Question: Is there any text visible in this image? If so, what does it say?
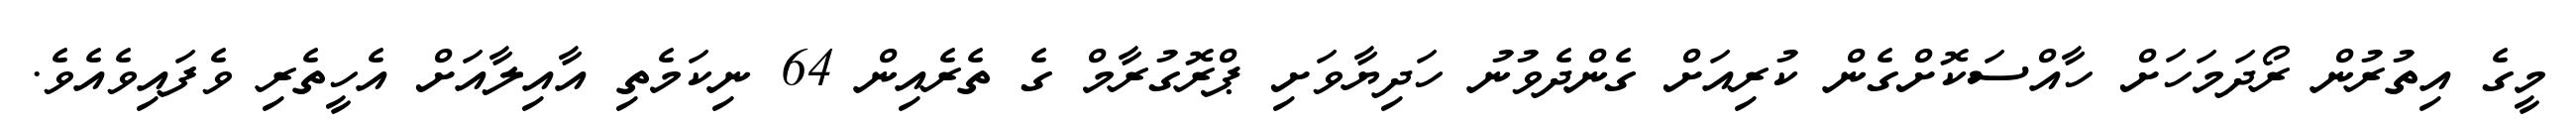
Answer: މީގެ އިތުރުން ރޯދަމަހަށް ހާއްސަކޮށްގެން ކުރިއަށް ގެންދެވުނު ހަދިޔާވަށި ޕްރޮގުރާމް ގެ ތެރެއިން 64 ނިކަމެތި އާއިލާއަށް އެހީތެރި ވެފައިވެއެވެ.